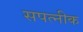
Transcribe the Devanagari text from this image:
सपत्‍नीक